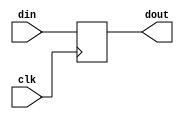
// This program was cloned from: https://github.com/scluconn/DA_PUF_Library
// License: MIT License


// D Flip-Flop


module dflop(clk,din,dout);
	
	input clk;
	input din;
	output reg dout;
    
	always @(posedge clk) begin
		dout <= din;	
	end
	
endmodule